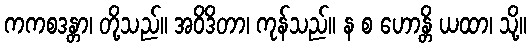
ကကစဒန္တာ၊ တို့သည်။ အဝိဒိတာ၊ ကုန်သည်။ န စ ဟောန္တိ ယထာ၊ သို့။